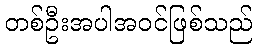
တစ်ဦးအပါအဝင်ဖြစ်သည်